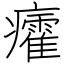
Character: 癨